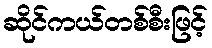
ဆိုင်ကယ်တစ်စီးဖြင့်